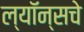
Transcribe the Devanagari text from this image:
ल्यॉन्सचे